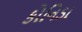
કોનિડા